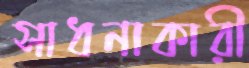
সাধনাকারী